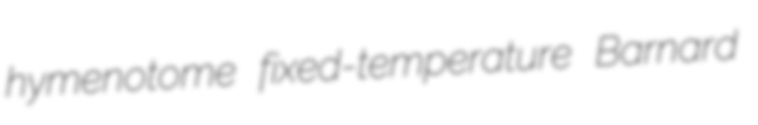
hymenotome fixed-temperature Barnard